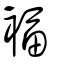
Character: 褔